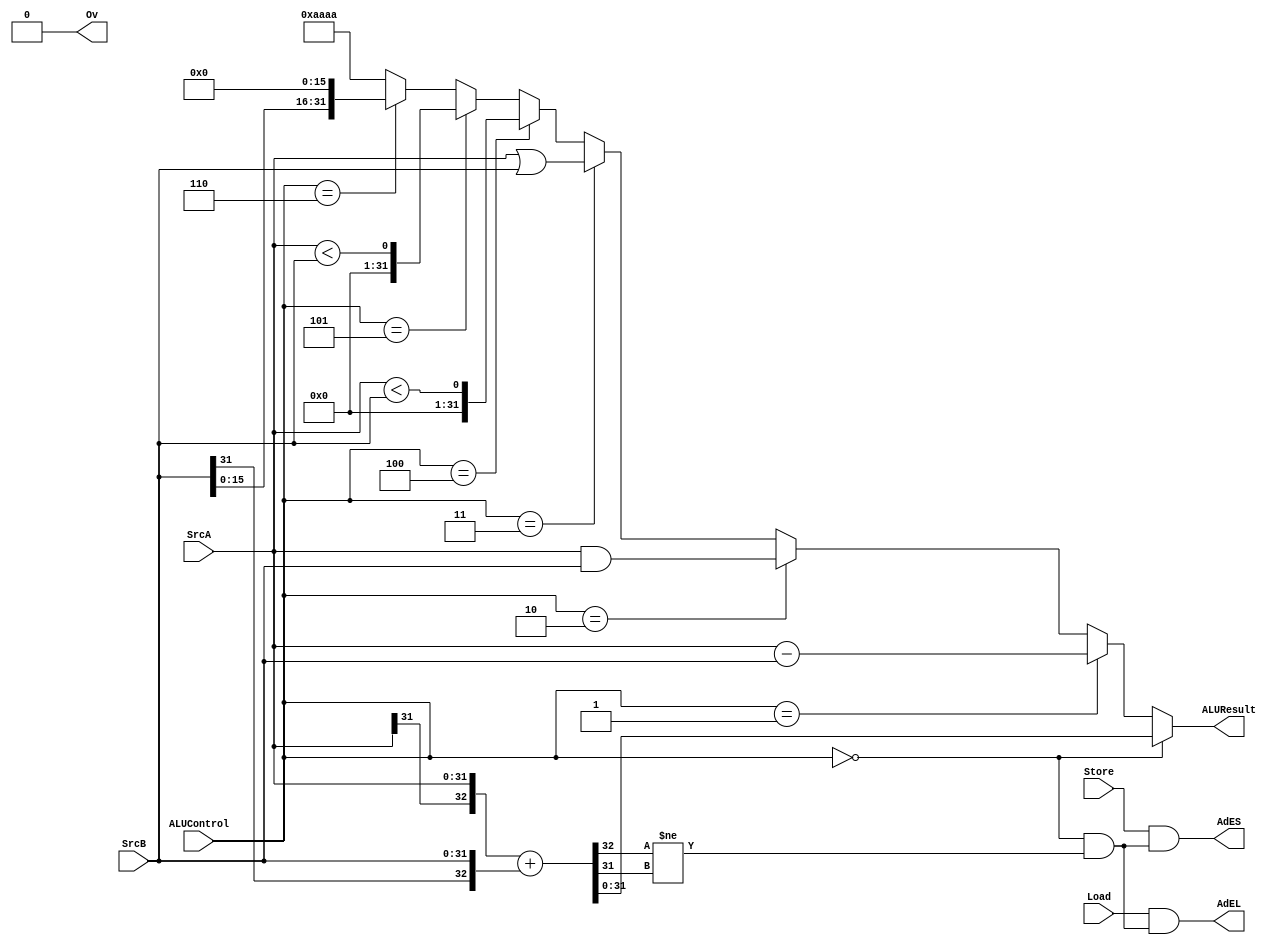
`timescale 1ns / 1ps
`default_nettype none 
module ALU (
    input wire [31:0] SrcA, SrcB,
    input wire [3:0] ALUControl,
    input wire Store, Load,

    output wire [31:0] ALUResult,
    output wire AdEL, AdES, Ov
);
    reg [32:0] SUMReg, SUBReg;
    reg [31:0] ANDReg, ORReg, ShiftReg, LTReg, LTUReg, LUIReg;
    wire ADDOv, SUBOv;
    always @(*) begin
        SUMReg = {SrcA[31], SrcA} + {SrcB[31], SrcB};
        SUBReg = {SrcA[31], SrcA} - {SrcB[31], SrcB};
        ANDReg = SrcA & SrcB;
        ORReg = SrcA | SrcB;
        LTReg = $signed(SrcA) < $signed(SrcB);
        LTUReg = $unsigned(SrcA) < $unsigned(SrcB);
        LUIReg = {{SrcB[15:0]}, 16'h0000};
    end

    assign ALUResult =  (ALUControl == 4'b0000) ? SUMReg[31:0] :
                        (ALUControl == 4'b0001) ? SUBReg[31:0] :
                        (ALUControl == 4'b0010) ? ANDReg :
                        (ALUControl == 4'b0011) ? ORReg :
                        (ALUControl == 4'b0100) ? LTReg :
                        (ALUControl == 4'b0101) ? LTUReg :
                        (ALUControl == 4'b0110) ? LUIReg : 32'haaaa;

    assign ADDOv = (ALUControl == 4'b0000) && (SUMReg[32] != SUMReg[31]);
    assign SUBOv = (ALUControl == 4'b0001) && (SUBReg[32] != SUBReg[31]);
    assign AdEL = (Load && ADDOv);
    assign AdES = (Store && ADDOv);
    // assign Ov = (!Load && !Store && (ADDOv || SUBOv)); 
    assign Ov = 1'b0;

endmodule